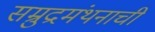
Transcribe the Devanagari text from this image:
सम्रुद्रमंथनाची